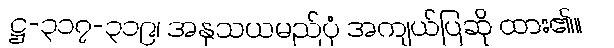
ဋ္ဌ-၃၁၇-၃၁၉၊ အနုသယမည်ပုံ အကျယ်ပြဆို ထား၏။